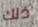
ذلك